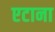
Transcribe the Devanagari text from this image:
एटाना